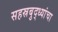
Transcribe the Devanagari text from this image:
सहस्रबुद्ध्यांचा